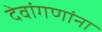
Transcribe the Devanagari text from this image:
देवांगणांना